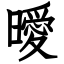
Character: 曖